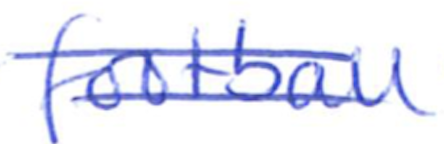
Text: football
Cross-out: double-line
Writing tool: ballpoint